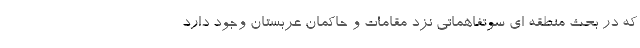
که در بحث منطقه ای سوتفاهماتی نزد مقامات و حاکمان عربستان وجود دارد